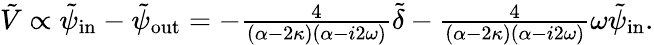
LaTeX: \begin{array}{r}{\tilde{V}\propto\tilde{\psi}_{\mathrm{in}}-\tilde{\psi}_{\mathrm{out}}=-\frac{4}{(\alpha-2\kappa)(\alpha-i2\omega)}\tilde{\delta}-\frac{4}{(\alpha-2\kappa)(\alpha-i2\omega)}\omega\tilde{\psi}_{\mathrm{in}}.}\end{array}